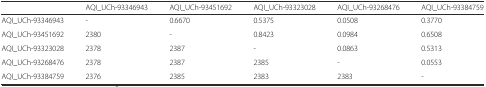
<table><thead><tr><td></td><td><b>AQI_UCh-93346943</b></td><td><b>AQI_UCh-93451692</b></td><td><b>AQI_UCh-93323028</b></td><td><b>AQI_UCh-93268476</b></td><td><b>AQI_UCh-93384759</b></td></tr></thead><tbody><tr><td>AQI_UCh-93346943</td><td>-</td><td>0.6670</td><td>0.5375</td><td>0.0508</td><td>0.3770</td></tr><tr><td>AQI_UCh-93451692</td><td>2380</td><td>-</td><td>0.8423</td><td>0.0984</td><td>0.6508</td></tr><tr><td>AQI_UCh-93323028</td><td>2378</td><td>2387</td><td>-</td><td>0.0863</td><td>0.5313</td></tr><tr><td>AQI_UCh-93268476</td><td>2378</td><td>2387</td><td>2385</td><td>-</td><td>0.0553</td></tr><tr><td>AQI_UCh-93384759</td><td>2376</td><td>2385</td><td>2383</td><td>2383</td><td>-</td></tr></tbody></table>